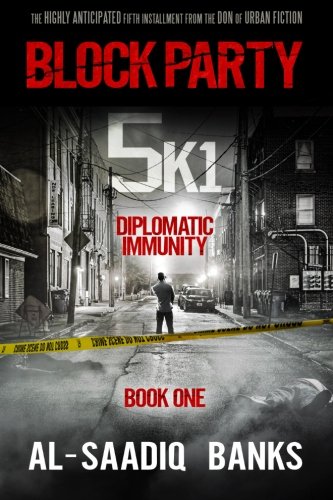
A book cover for Block Party 5k1: Diplomatic Immunity (Volume 1); Al-Saadiq Banks; Literature & Fiction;